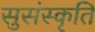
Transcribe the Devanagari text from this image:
सुसंस्कृति